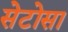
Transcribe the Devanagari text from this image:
सेटोसा